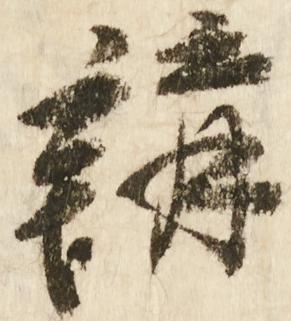
講